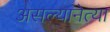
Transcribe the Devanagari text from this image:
असल्यानेत्या